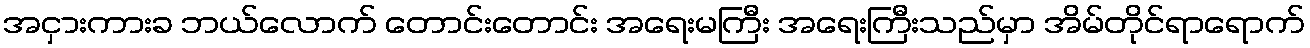
အငှားကားခ ဘယ်လောက် တောင်းတောင်း အရေးမကြီး အရေးကြီးသည်မှာ အိမ်တိုင်ရာရောက်